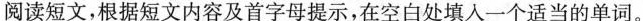
阅读短文,根据短文内容及首字母提示，在空白处填入一个适当的单词。